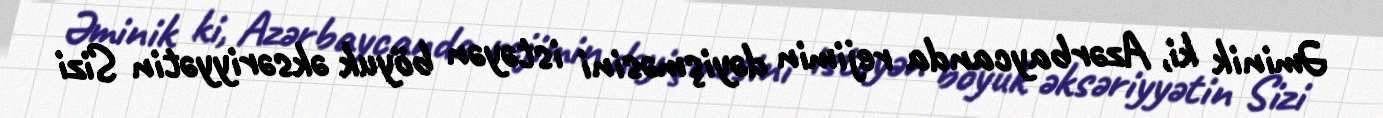
Əminik ki, Azərbaycanda rejimin dəyişməsini istəyən böyuk əksəriyyətin Sizi